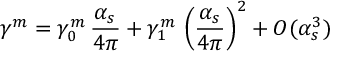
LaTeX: \gamma ^ { m } = \gamma _ { 0 } ^ { m } \, \frac { \alpha _ { s } } { 4 \pi } + \gamma _ { 1 } ^ { m } \, \left( \frac { \alpha _ { s } } { 4 \pi } \right) ^ { 2 } + { \cal O } ( \alpha _ { s } ^ { 3 } )